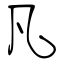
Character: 凡